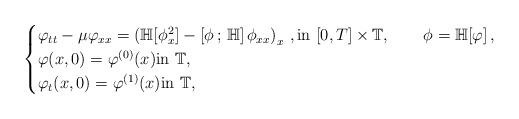
LaTeX: \begin{align*}\begin{cases}\varphi_{tt}-\mu\varphi_{xx}=\left(\mathbb H[\phi^2_x]-\left[\phi\,;\,\mathbb H\right]\phi_{xx}\right)_{x}\,, {\rm in}\,\, [0,T]\times\mathbb{T}, \qquad\phi=\mathbb H[\varphi]\,,\\\varphi(x,0)=\varphi^{(0)}(x) {\rm in}\,\, \mathbb{T},\\\varphi_t(x,0)=\varphi^{(1)}(x) {\rm in}\,\, \mathbb{T},\end{cases}\end{align*}